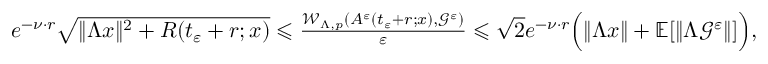
\begin{array} { r } { \quad e ^ { - \nu \cdot r } \sqrt { \| \Lambda x \| ^ { 2 } + R ( t _ { \varepsilon } + r ; x ) } \leqslant \frac { \mathcal { W } _ { \Lambda , p } ( A ^ { \varepsilon } ( t _ { \varepsilon } + r ; x ) , \mathcal { G } ^ { \varepsilon } ) } { \varepsilon } \leqslant { \sqrt { 2 } } e ^ { - \nu \cdot r } \Big ( \| \Lambda x \| + \mathbb { E } [ \| \Lambda { \mathcal { G } ^ { \varepsilon } } \| ] \Big ) , } \end{array}